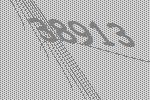
38913